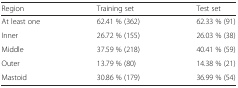
<table><thead><tr><td><b>Region</b></td><td><b>Training set</b></td><td><b>Test set</b></td></tr></thead><tbody><tr><td>At least one</td><td>62.41 % (362)</td><td>62.33 % (91)</td></tr><tr><td>Inner</td><td>26.72 % (155)</td><td>26.03 % (38)</td></tr><tr><td>Middle</td><td>37.59 % (218)</td><td>40.41 % (59)</td></tr><tr><td>Outer</td><td>13.79 % (80)</td><td>14.38 % (21)</td></tr><tr><td>Mastoid</td><td>30.86 % (179)</td><td>36.99 % (54)</td></tr></tbody></table>